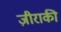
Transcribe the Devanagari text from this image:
ज़ीराकी